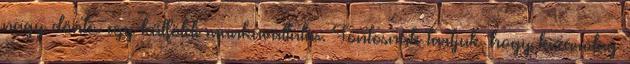
nagy döntés egy külföldi munkavállalás. Fontosnak tartjuk, hogy kizárólag